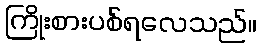
ကြိုးစားပစ်ရလေသည်။